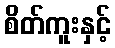
စိတ်ကူးနှင့်